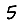
Digit: 5